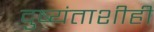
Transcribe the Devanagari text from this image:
दुष्यंताशीही